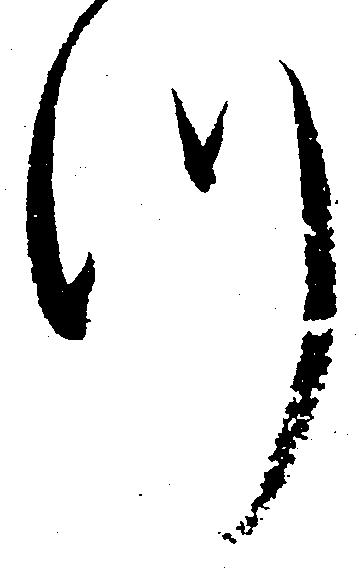
つ